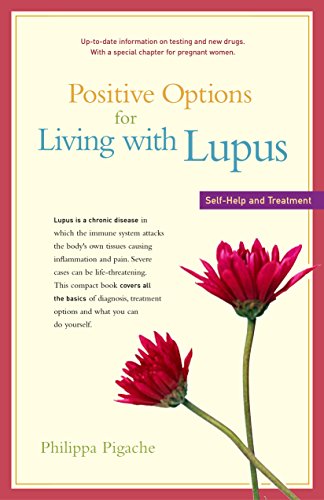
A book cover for Positive Options for Living with Lupus: Self-Help and Treatment (Positive Options for Health); Philippa Pigache; Health, Fitness & Dieting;